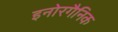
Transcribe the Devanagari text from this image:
इनोरगैनिक